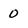
Character: 0